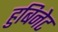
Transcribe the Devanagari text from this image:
हुबिनेट